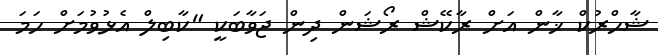
ޝާޙްރުކް ޚާން އަށް ރާކޭޝް ރޯޝަން ދިން ޖަވާބަކީ "ކާބިލް އެޅުވުމަށް ހަމަ